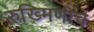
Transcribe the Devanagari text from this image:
रुख्मिणीचे